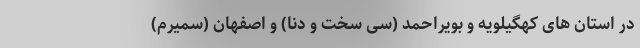
در استان های کهگیلویه و بویراحمد (سی سخت و دنا) و اصفهان (سمیرم)